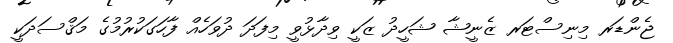
ޖެންޑަރ މިނިސްޓަރ ޒެނީޝާ ޝަހީދު ޒަކީ ވިދާޅުވީ މިފަދަ ދުވަހެއް ފާހަގަކުރުމުގެ މަޤްސަދަކީ